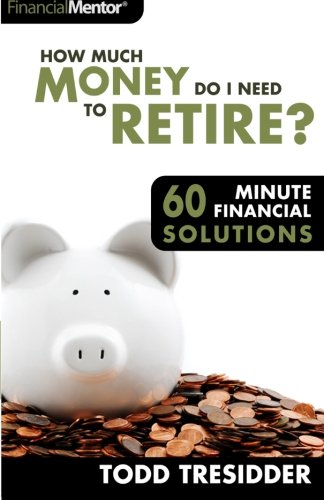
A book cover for How Much Money Do I Need to Retire?; Todd R. Tresidder; Business & Money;